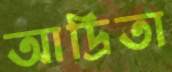
আদ্রিতা